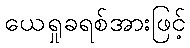
ယေရှုခရစ်အားဖြင့်